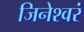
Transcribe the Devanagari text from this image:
जिनेश्वरं